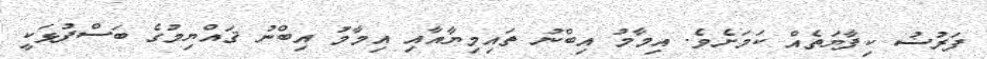
ފަރުޟު ކިފާޔަތެއް ކަމަށެވެ. އިމާމު އިބްނު ތައިމިޔާއާއި އިމާމު އިބްނު ޤައްޔިމުގެ ބަސްފުޅަކީ